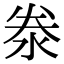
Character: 𣳾